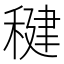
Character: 𫁀